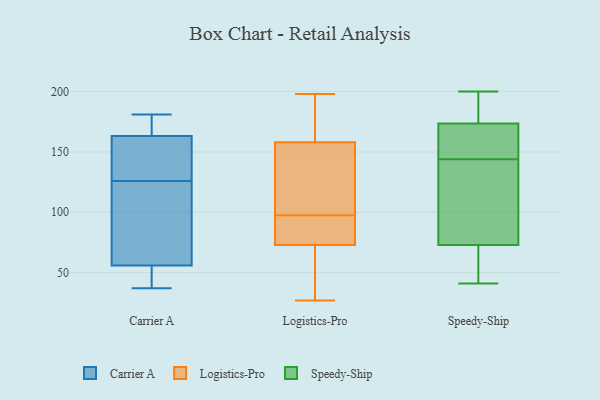
{"axis": {"x": "Active Users", "y": "Value"}, "legend": ["Carrier A", "Logistics-Pro", "Speedy-Ship"], "data": [{"x": "", "y": 126, "type": "Carrier A"}, {"x": "", "y": 37, "type": "Carrier A"}, {"x": "", "y": 181, "type": "Carrier A"}, {"x": "", "y": 44, "type": "Carrier A"}, {"x": "", "y": 141, "type": "Carrier A"}, {"x": "", "y": 83, "type": "Carrier A"}, {"x": "", "y": 168, "type": "Carrier A"}, {"x": "", "y": 47, "type": "Carrier A"}, {"x": "", "y": 116, "type": "Carrier A"}, {"x": "", "y": 173, "type": "Carrier A"}, {"x": "", "y": 149, "type": "Carrier A"}, {"x": "", "y": 27, "type": "Logistics-Pro"}, {"x": "", "y": 169, "type": "Logistics-Pro"}, {"x": "", "y": 158, "type": "Logistics-Pro"}, {"x": "", "y": 75, "type": "Logistics-Pro"}, {"x": "", "y": 119, "type": "Logistics-Pro"}, {"x": "", "y": 64, "type": "Logistics-Pro"}, {"x": "", "y": 198, "type": "Logistics-Pro"}, {"x": "", "y": 134, "type": "Logistics-Pro"}, {"x": "", "y": 76, "type": "Logistics-Pro"}, {"x": "", "y": 73, "type": "Logistics-Pro"}, {"x": "", "y": 78, "type": "Speedy-Ship"}, {"x": "", "y": 180, "type": "Speedy-Ship"}, {"x": "", "y": 138, "type": "Speedy-Ship"}, {"x": "", "y": 177, "type": "Speedy-Ship"}, {"x": "", "y": 101, "type": "Speedy-Ship"}, {"x": "", "y": 150, "type": "Speedy-Ship"}, {"x": "", "y": 192, "type": "Speedy-Ship"}, {"x": "", "y": 151, "type": "Speedy-Ship"}, {"x": "", "y": 155, "type": "Speedy-Ship"}, {"x": "", "y": 50, "type": "Speedy-Ship"}, {"x": "", "y": 68, "type": "Speedy-Ship"}, {"x": "", "y": 41, "type": "Speedy-Ship"}, {"x": "", "y": 68, "type": "Speedy-Ship"}, {"x": "", "y": 101, "type": "Speedy-Ship"}, {"x": "", "y": 200, "type": "Speedy-Ship"}, {"x": "", "y": 170, "type": "Speedy-Ship"}]}